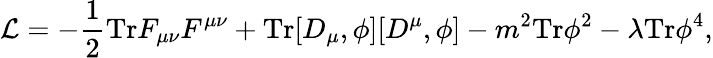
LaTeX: {\cal L}=-\frac{1}{2}\mathrm{Tr}F_{\mu\nu}F^{\mu\nu}+\mathrm{Tr}[D_{\mu},\phi][D^{\mu},\phi]-m^{2}\mathrm{Tr}\phi^{2}-\lambda\mathrm{Tr}\phi^{4},